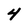
Character: 4